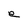
Character: e